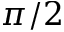
\pi / 2